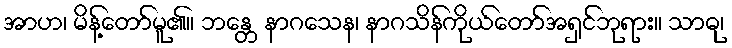
အာဟ၊ မိန့်တော်မူ၏။ ဘန္တေ နာဂသေန၊ နာဂသိန်ကိုယ်တော်အရှင်ဘုရား။ သာဓု၊